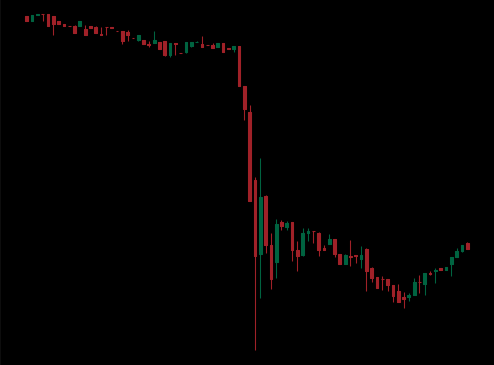
Pattern: bull_flag